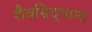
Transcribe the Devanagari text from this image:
शैवसिद्धान्त